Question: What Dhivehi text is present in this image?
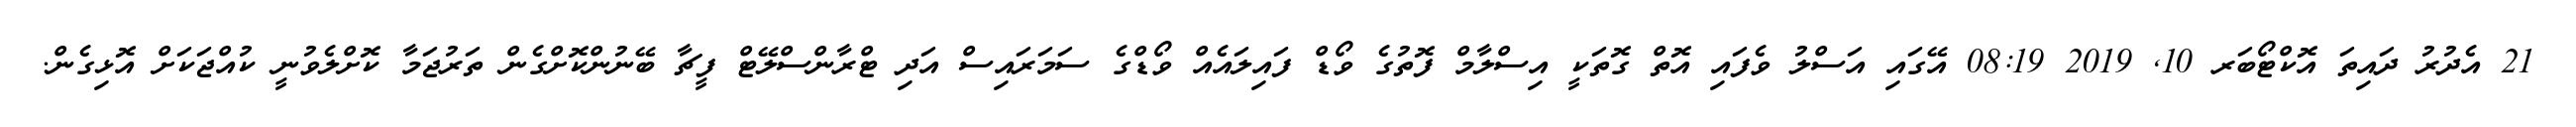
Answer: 21 އެދުރު ދައިތަ އޮކްޓޯބަރ 10, 2019 08:19 އޭގައި އަސްލު ވެފައި އޮތް ގޮތަކީ އިސްލާމް ފޮތުގެ ވޯޑް ފައިލައެއް ވޯޑްގެ ސަމަރައިސް އަދި ޓްރާންސްލޭޓް ފީޗާ ބޭނުންކޮށްގެން ތަރުޖަމާ ކޮށްލެވުނީ ކުއްޖަކަށް އޮޅިގެން.